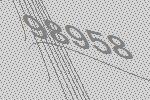
98958